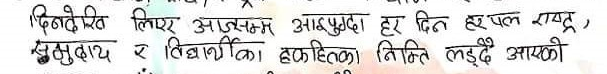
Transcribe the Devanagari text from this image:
दिनदेखि लिएर आजसम्म आइपुग्दा हर दिन हरपल राष्ट्र,
समुदाय र विश्वको हकहितका निम्ति लड्दै आएकी